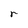
Character: r